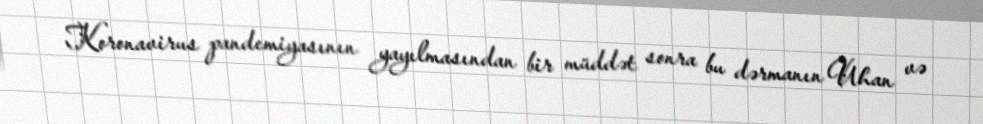
Koronavirus pandemiyasının yayılmasından bir müddət sonra bu dərmanın Uhan və